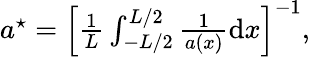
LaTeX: \begin{array}{r}{a^{\star}=\left[\frac{1}{L}\int_{-L/2}^{L/2}\frac{1}{a(x)}\mathrm{d}x\right]^{-1},}\end{array}